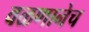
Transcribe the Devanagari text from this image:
वळणानेच